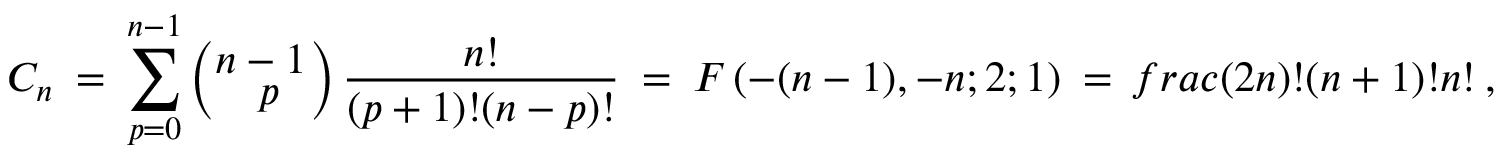
C _ { n } \ = \ \sum _ { p = 0 } ^ { n - 1 } \left( _ { { \displaystyle \ \ \ p \ } } ^ { { \displaystyle n - 1 } } \right) \frac { n ! } { ( p + 1 ) ! ( n - p ) ! } \ = \ F \left( - ( n - 1 ) , - n ; 2 ; 1 \right) \ = \, f r a c { ( 2 n ) ! } { ( n + 1 ) ! n ! } \ ,